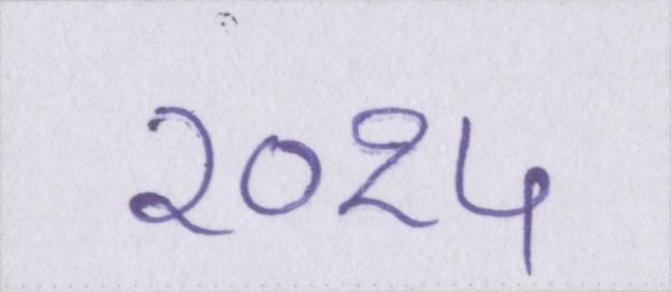
२०१५